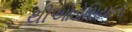
થીઓડોસિયાની